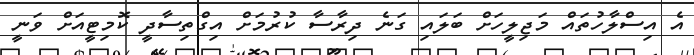
އެ އިސްލާހުތައް މަޖިލީހަށް ބަލައި ގަނެ ދިރާސާ ކުރުމަށް އިގްތިސާދީ ކޮމިޓީއަށް ވަނީ